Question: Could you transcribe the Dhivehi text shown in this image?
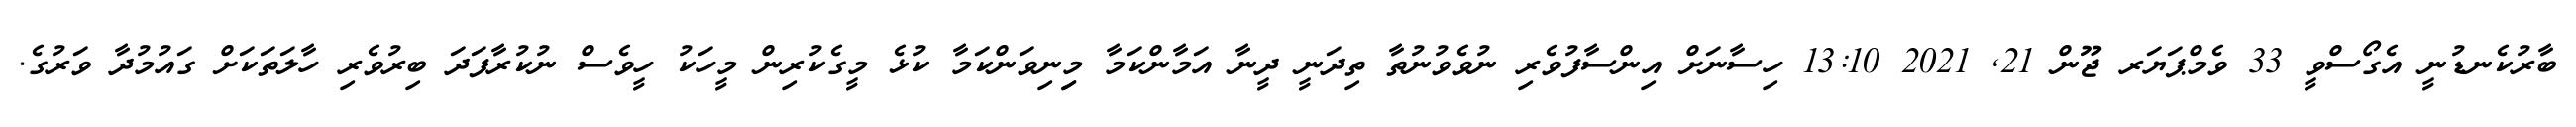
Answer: ބާރުކެނޑުނީ އެގޯސްވީ 33 ވެމްޕަޔަރ ޖޫން 21, 2021 13:10 ހިސާނަށް އިންސާފުވެރި ނުވެވުނުތާ ތިދަނީ ދީނާ އަމާންކަމާ މިިނިވަންކަމާ ކުޅެ މީގެކުރިން މީހަކު ހީވެސް ނުކުރާފަދަ ބިރުވެރި ހާލަތަކަށް ގައުމުދާ ވަރުގެ.